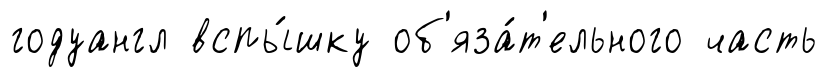
годуангл вспы́шку об'яза́т'ельного часть